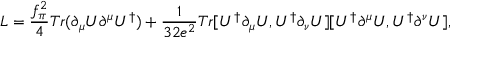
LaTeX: { \cal L } = \frac { f _ { \pi } ^ { 2 } } { 4 } T r ( \partial _ { \mu } U \partial ^ { \mu } U ^ { \dagger } ) + \frac { 1 } { 3 2 e ^ { 2 } } T r [ U ^ { \dagger } \partial _ { \mu } U , U ^ { \dagger } \partial _ { \nu } U ] [ U ^ { \dagger } \partial ^ { \mu } U , U ^ { \dagger } \partial ^ { \nu } U ] ,